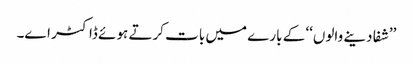
’’شفا دینے والوں‘‘ کے بارے میں بات کرتے ہوئے ڈاکٹر اے۔